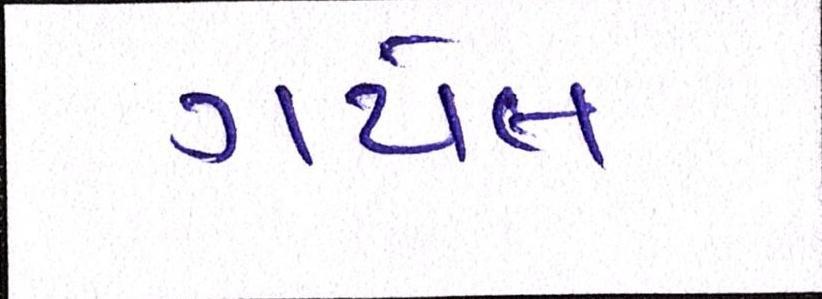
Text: ગયેલ